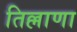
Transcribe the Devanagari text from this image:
तिल्लाणा